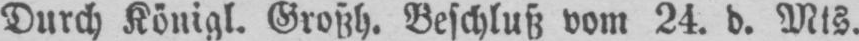
Durch Königl. Großh. Beschluß vom 24. d. Mts.